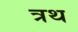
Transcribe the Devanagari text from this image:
त्रथ